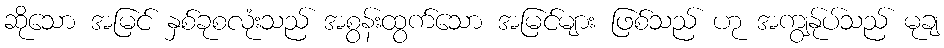
ဆိုသော အမြင် နှစ်ခုစလုံးသည် အစွန်းထွက်သော အမြင်များ ဖြစ်သည် ဟု အကျွန်ုပ်သည် မုချ